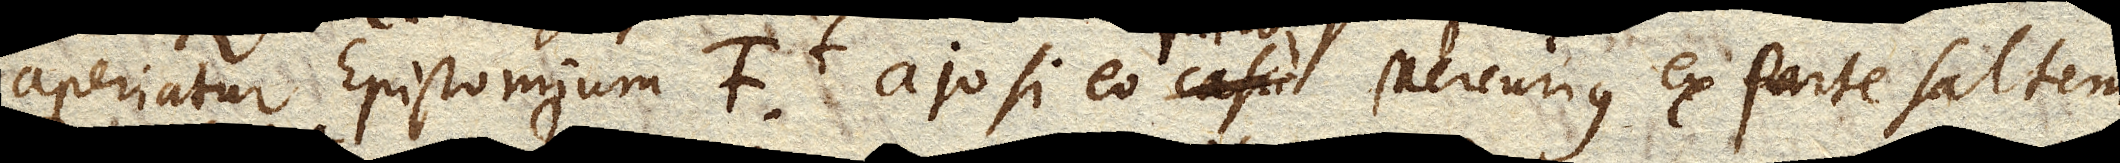
aperiatur Epistomium F ajo si eo casu facto Mercurius ex parte saltem